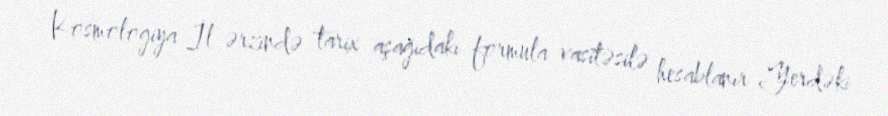
Kosmologiya İl ərzində tarix aşağıdakı formula vasitəsilə hesablanır Yerdəki